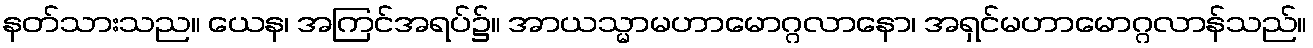
နတ်သားသည။ ယေန၊ အကြင်အရပ်၌။ အာယသ္မာမဟာမောဂ္ဂလာနော၊ အရှင်မဟာမောဂ္ဂလာန်သည်။